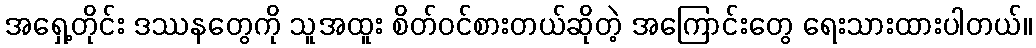
အရှေ့တိုင်း ဒဿနတွေကို သူအထူး စိတ်ဝင်စားတယ်ဆိုတဲ့ အကြောင်းတွေ ရေးသားထားပါတယ်။